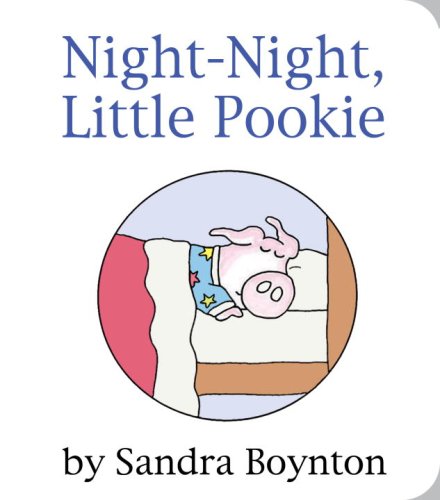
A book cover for Night-Night, Little Pookie (Pookie Books); Sandra Boynton; Children's Books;